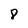
Character: 8